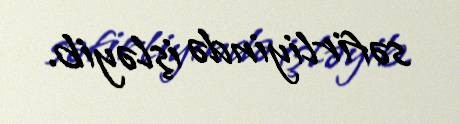
səfirliyində işləyib.